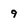
Character: 9